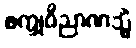
စက္ခုဝိညာဏသ္မိံ